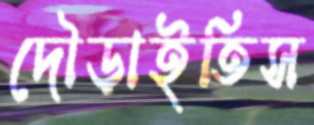
দৌড়াইতিস